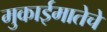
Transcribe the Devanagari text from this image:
मुकाईमातेचे